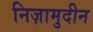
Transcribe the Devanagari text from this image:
निज़ामुदीन